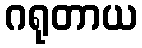
ဂရုတာယ